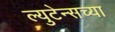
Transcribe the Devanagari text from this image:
ल्युटेन्सच्‍या